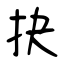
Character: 抉